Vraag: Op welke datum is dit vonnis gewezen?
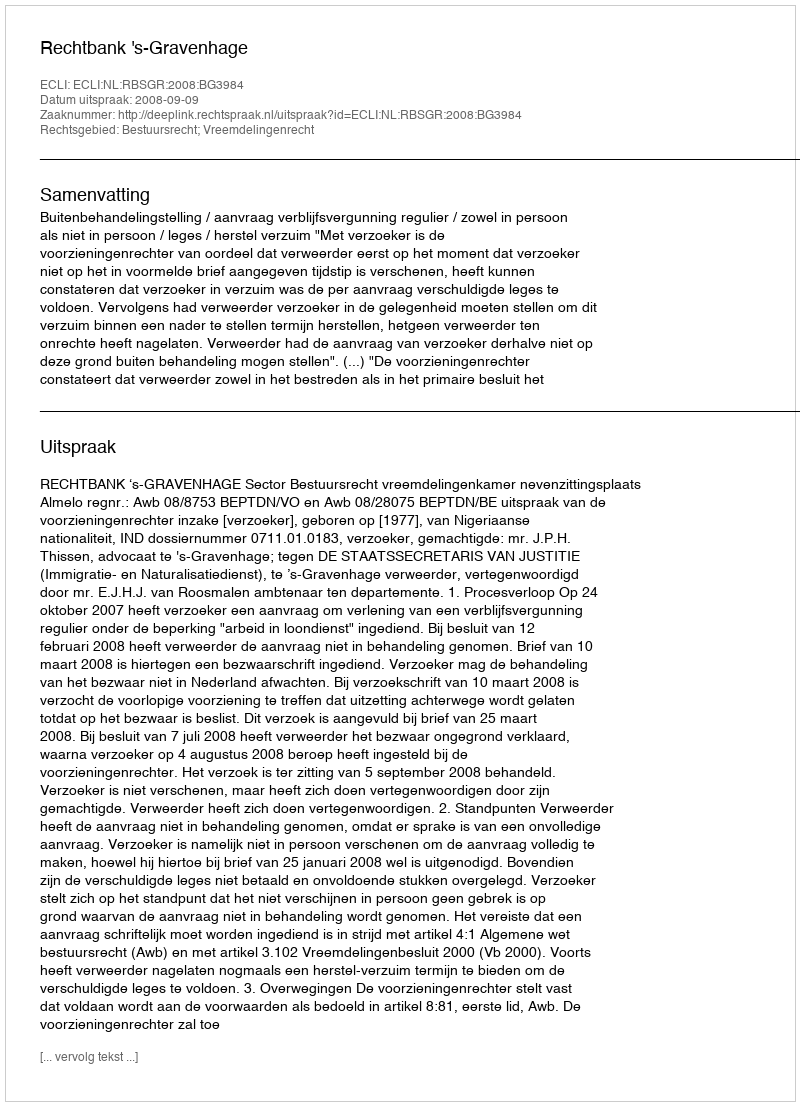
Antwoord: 2008-09-09